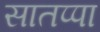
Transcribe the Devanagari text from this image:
सातप्पा